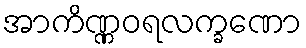
အာကိဏ္ဏဝရလက္ခဏော